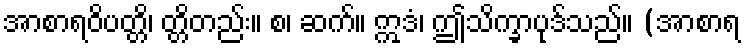
အာစာရဝိပတ္တိ၊ တ္တိတည်း။ စ၊ ဆက်။ ဣဒံ၊ ဤသိက္ခာပုဒ်သည်။ (အာစာရ